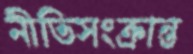
নীতিসংক্রান্ত